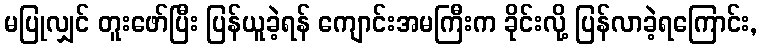
မပြုလျှင် တူးဖော်ပြီး ပြန်ယူခဲ့ရန် ကျောင်းအမကြီးက ခိုင်းလို့ ပြန်လာခဲ့ရကြောင်း,